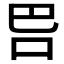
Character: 𭇋